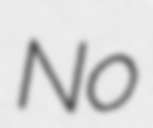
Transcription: No